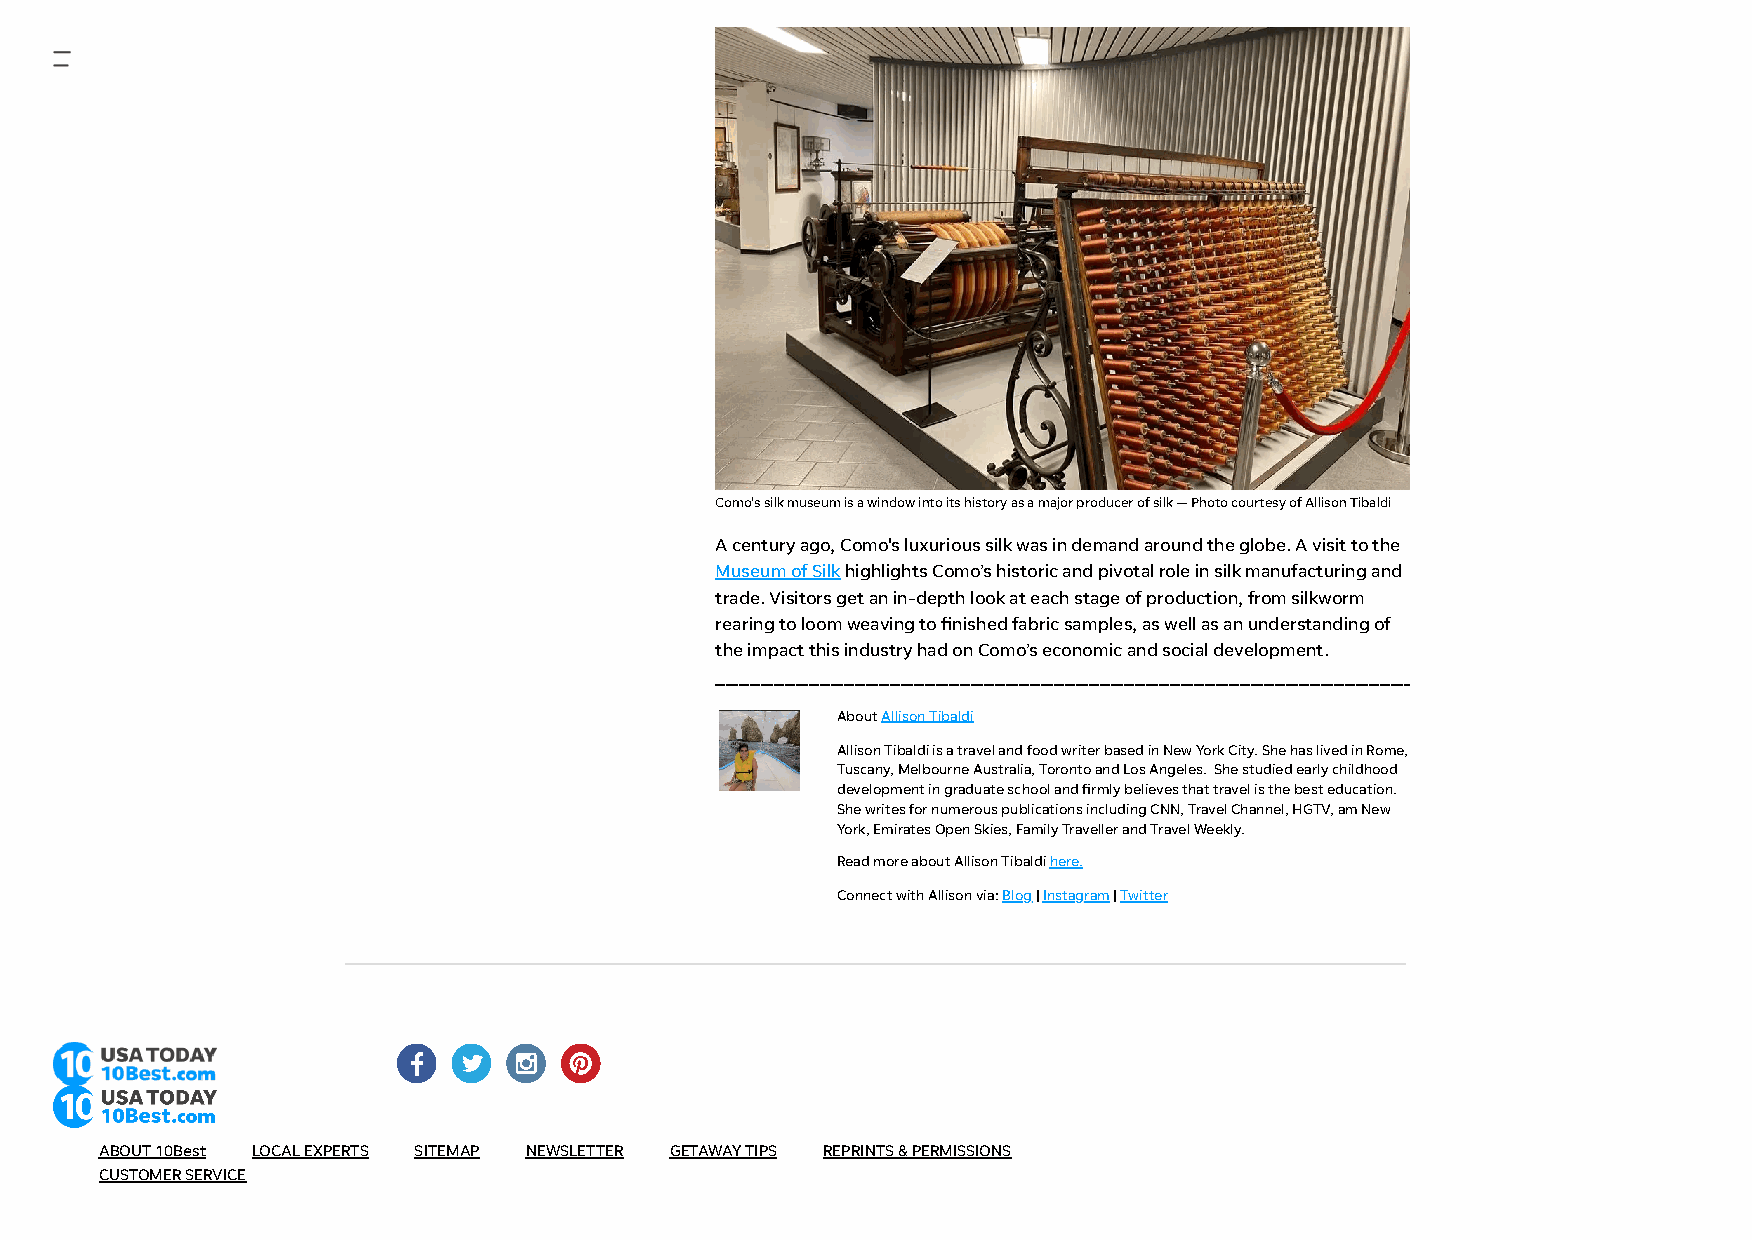
Como's silk museum is a window into its history as a major producer of silk — Photo courtesy of Allison Tibaldi
 A century ago, Como's luxurious silk was in demand around the globe. A visit to the
 Museum of Silk highlights Como’s historic and pivotal role in silk manufacturing and
 trade. Visitors get an in-depth look at each stage of production, from silkworm
 rearing to loom weaving to nished fabric samples, as well as an understanding of
 the impact this industry had on Como’s economic and social development.
 About Allison Tibaldi
 Allison Tibaldi is a travel and food writer based in New York City. She has lived in Rome,
 Tuscany, Melbourne Australia, Toronto and Los Angeles. She studied early childhood
 development in graduate school and rmly believes that travel is the best education.
 She writes for numerous publications including CNN, Travel Channel, HGTV, am New
 York, Emirates Open Skies, Family Traveller and Travel Weekly.
 Read more about Allison Tibaldi here.
 Connect with Allison via: Blog | Instagram | Twitter
 ABOUT 10Best LOCAL EXPERTS SITEMAP NEWSLETTER GETAWAY TIPS REPRINTS & PERMISSIONS
 CUSTOMER SERVICE